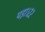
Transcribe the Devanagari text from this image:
पड़ा।२२